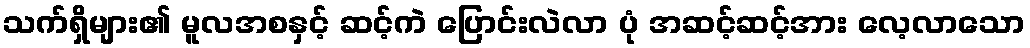
သက်ရှိများ၏ မူလအစနှင့် ဆင့်ကဲ ပြောင်းလဲလာ ပုံ အဆင့်ဆင့်အား လေ့လာသော